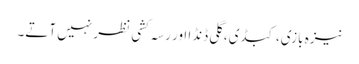
نیزہ بازی، کبڈی، گلی ڈنڈا اور رسہ کشی نظر نہیں آتے۔